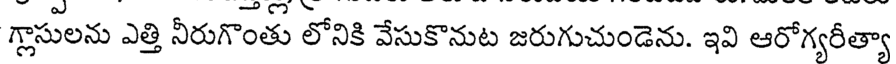
గ్లాసులను ఎత్తి నీరుగొంతు లోనికి వేసుకొనుట జరుగుచుండెను. ఇవి ఆరోగ్యరీత్యా